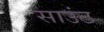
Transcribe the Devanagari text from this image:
साउंट